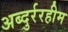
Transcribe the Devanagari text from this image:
अब्दुर्ररहीम